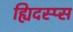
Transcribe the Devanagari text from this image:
ह्यिदस्प्स